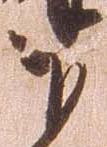
下